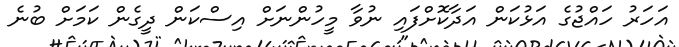
އަހަރު ހައްޖުގެ އަޅުކަން އަދާކޮށްފައި ނުވާ މީހުންނަށް އިސްކަން ދީގެން ކަމަށް ބުނެ